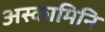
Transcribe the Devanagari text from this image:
अस्कामिनि